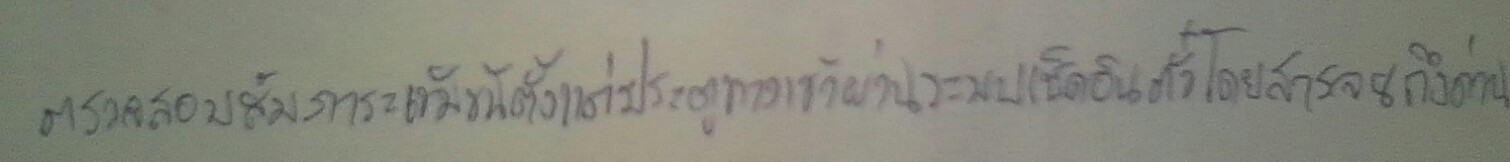
ตรวจสอบสัมภาระเข้มข้นตั้งแต่ประตูทางเข้าผ่านระบบเช็คอินตั๋วโดยสารจนถึงด่านตรวจคนเข้าเมือง